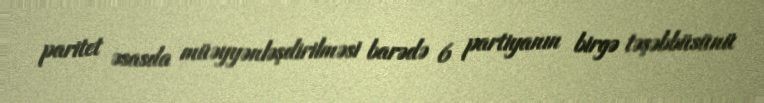
paritet əsasda müəyyənləşdirilməsi barədə 6 partiyanın birgə təşəbbüsünü